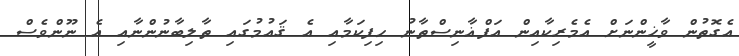
އެގޮތުން ވާޚީންނަށް އެމެރިކާއިން އަފްޣާނިސްތާނު ހިފިކަމާއި އެ ޤައުމުގައި ތާލިބާނުންނާއި އެ ނޫންވެސް